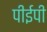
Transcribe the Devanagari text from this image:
पीईपी